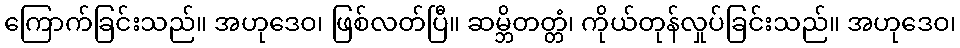
ကြောက်ခြင်းသည်။ အဟုဒေဝ၊ ဖြစ်လတ်ပြီ။ ဆမ္ဘိတတ္တံ၊ ကိုယ်တုန်လှုပ်ခြင်းသည်။ အဟုဒေဝ၊